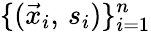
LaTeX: \{ (\vec{x}_{i},\, s_{i})\} _{i=1}^{n}